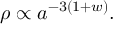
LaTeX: \rho \propto a ^ { - 3 ( 1 + w ) } .